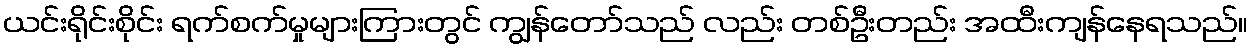
ယင်းရိုင်းစိုင်း ရက်စက်မှုများကြားတွင် ကျွန်တော်သည် လည်း တစ်ဦးတည်း အထီးကျန်နေရသည်။